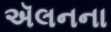
ઍલનના